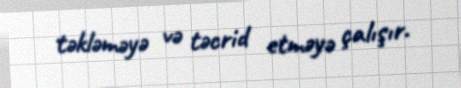
təkləməyə və təcrid etməyə çalışır.